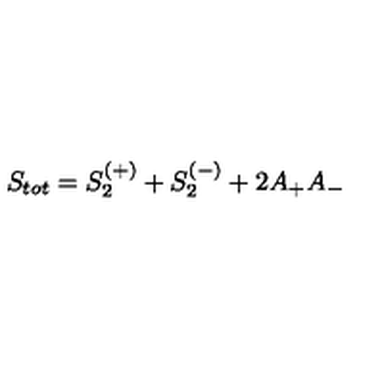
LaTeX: S _ { t o t } = S _ { 2 } ^ { ( + ) } + S _ { 2 } ^ { ( - ) } + 2 A _ { + } A _ { - }